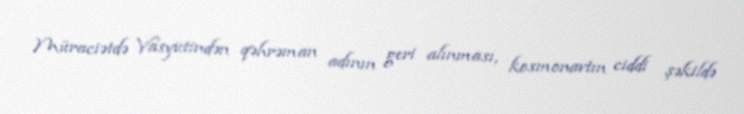
Müraciətdə Vasyutindən qəhrəman adının geri alınması, kosmonavtın ciddi şəkildə